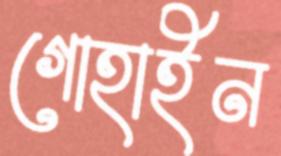
গোহাইন